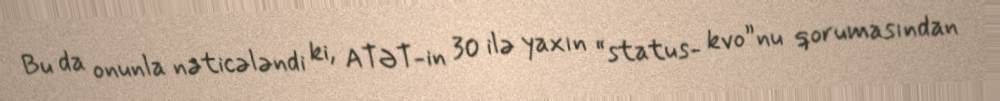
Bu da onunla nəticələndi ki, ATƏT-in 30 ilə yaxın “status- kvo”nu qorumasından